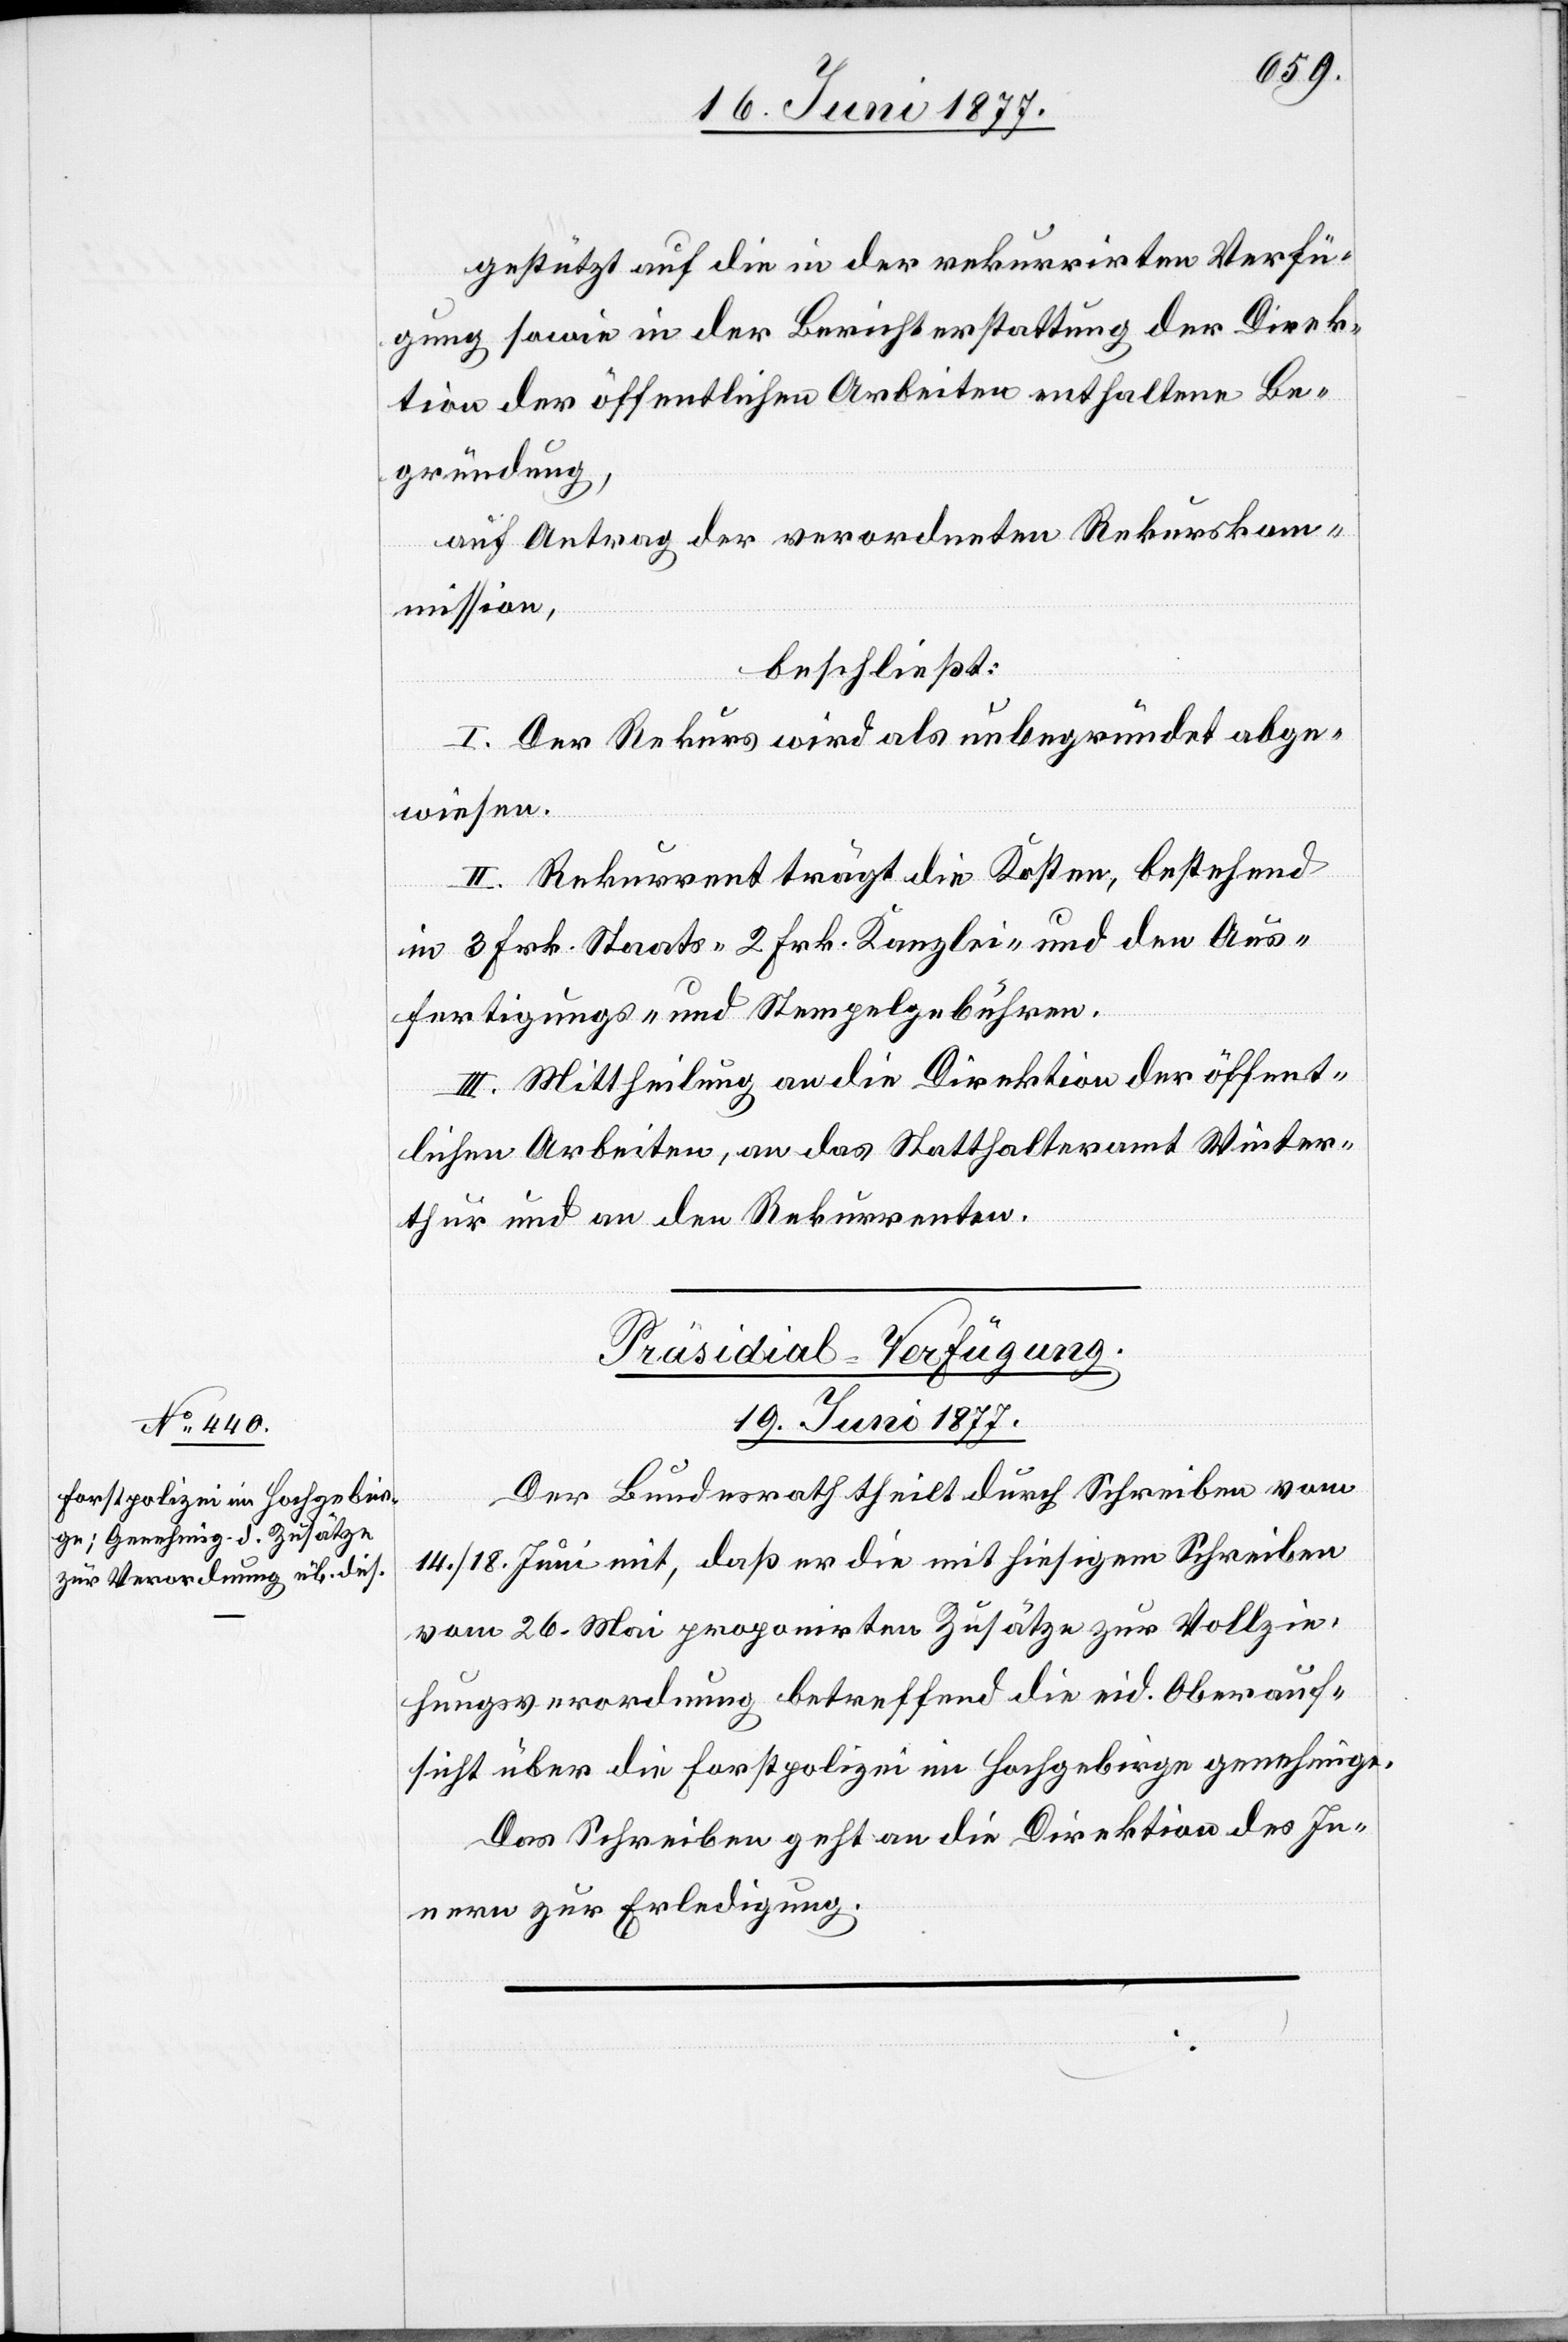
gestützt auf die in der rekurrirten Verfü¬
gung sowie in der Berichterstattung der Direk¬
tion der öffentlichen Arbeiten enthaltene Be¬
gründung,
auf Antrag der verordneten Rekurskom¬
mission,
beschließt:
I. Der Rekurs wird als unbegründet abge¬
wiesen.
II. Rekurrent trägt die Kosten, bestehend
in 3 Frk. Staats- 2 Frk. Kanzlei- und den Aus¬
fertigungs- und Stempelgebühren.
III. Mittheilung an die Direktion der öffent¬
lichen Arbeiten, an das Statthalteramt Winter¬
thur und an den Rekurrenten.
Präsidial-Verfügung.
19. Juni 1877.
Der Bundesrath theilt durch Schreiben vom
14./8. Juni mit, daß er die mit hiesigem Schreiben
vom 26. Mai proponirten Zusätze zur Vollzie¬
hungsverordnung betreffend die eid. Oberauf¬
sicht über die Forstpolizei im Hochgebirge genehmige.
Das Schreiben geht an die Direktion des In¬
nern zur Erledigung.